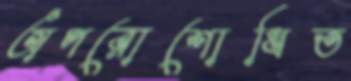
অপরোশোধিত